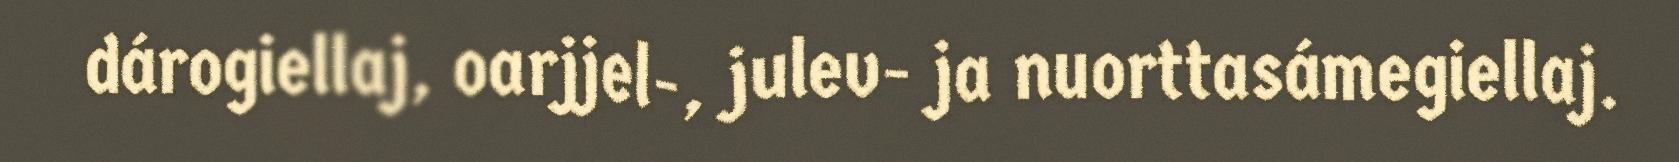
dárogiellaj, oarjjel-, julev- ja nuorttasámegiellaj.